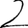
Digit: 2